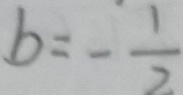
b = - \frac { 1 } { 2 }